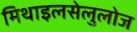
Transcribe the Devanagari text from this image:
मिथाइलसेलुलोज